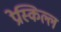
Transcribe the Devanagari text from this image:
प्रेस्किल्ल